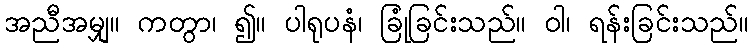
အညီအမျှ။ ကတွာ၊ ၍။ ပါရုပနံ၊ ခြုံခြင်းသည်။ ဝါ၊ ရန်းခြင်းသည်။